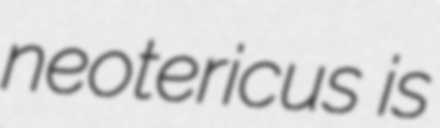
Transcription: neotericus is